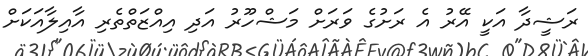
ރަޝީދާ އަކީ އޭރު އެ ރަށުގެ ވަރަށް މަޝްހޫރު އަދި އިއްޒަތްތެރި އާއިލާއަކަށް